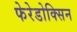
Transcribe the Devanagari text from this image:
फेरेडोक्सिन